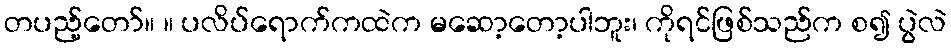
တပည့်တော်။ ။ ပလိပ်ရောက်ကထဲက မဆော့တော့ပါဘူး၊ ကိုရင်ဖြစ်သည်က စ၍ ပွဲလဲ